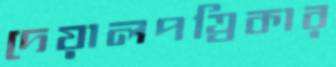
দেয়ালপত্রিকার